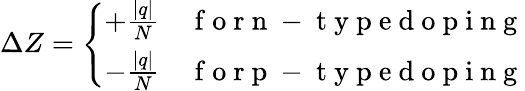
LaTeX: \Delta Z=\left\{ \begin{array}{ll}{+\frac{|q|}{N}}&{\mathrm{~f~o~r~n~-~t~y~p~e~d~o~p~i~n~g~}}\\ {-\frac{|q|}{N}}&{\mathrm{~f~o~r~p~-~t~y~p~e~d~o~p~i~n~g~}}\end{array}\right.